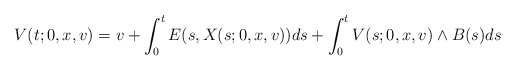
\begin{align*}V(t;0,x,v)=v + \int_{0}^{t} E(s,X(s;0,x,v))ds+\int_{0}^{t} V(s;0,x,v) \wedge B(s)ds\end{align*}